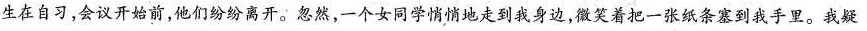
生在自习，会议开始前，他们纷离开。忽然，一个女同学悄悄地走到我身边，微笑着把一张纸条塞到我手里。我疑